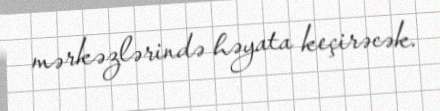
mərkəzlərində həyata keçirəcək.